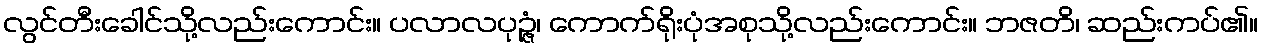
လွင်တီးခေါင်သို့လည်းကောင်း။ ပလာလပုဉ္ဇံ၊ ကောက်ရိုးပုံအစုသို့လည်းကောင်း။ ဘဇတိ၊ ဆည်းကပ်၏။